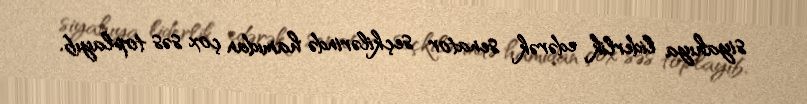
siyahıya liderlik edərək senator seçkilərində hamıdan çox səs toplayıb.